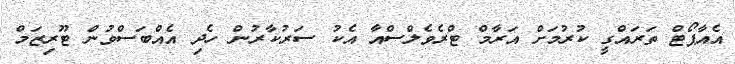
އެއާޕޯޓް ތަރައްގީ ކުރުމަށް އަރާމް ޓްރެވެލްސްއާ އެކު ސަރުކާރުން ހެދި އެއްބަސްވުން ޓޫރިޒަމް